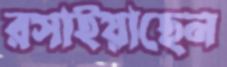
রসাইয়াছেন